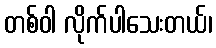
တစ်ဝါ လိုက်ပါသေးတယ်၊